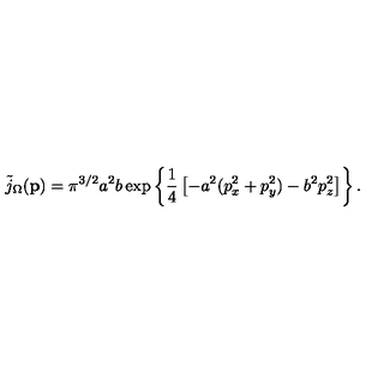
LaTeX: \tilde { j } _ { \Omega } ( { \bf p } ) = \pi ^ { 3 / 2 } a ^ { 2 } b \exp \left\{ \frac { 1 } { 4 } \left[ - a ^ { 2 } ( p _ { x } ^ { 2 } + p _ { y } ^ { 2 } ) - b ^ { 2 } p _ { z } ^ { 2 } \right] \right\} .